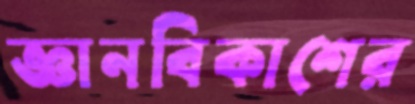
জ্ঞানবিকাশের